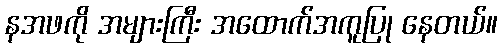
နအဖကို အများကြီး အထောက်အကူပြု နေတယ်။